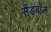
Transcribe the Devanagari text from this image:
सैंडबॉल